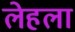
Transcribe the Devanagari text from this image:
लेहला